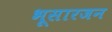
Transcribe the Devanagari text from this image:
भूसारजन